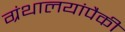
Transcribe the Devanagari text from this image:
ग्रंथालयांपैकी